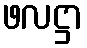
ဖလဋ္ဌာ